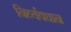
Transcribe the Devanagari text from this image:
निर्व्यवधान